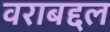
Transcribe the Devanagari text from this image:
वराबद्दल